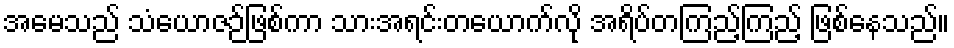
အမေသည် သံယောဇဉ်ဖြစ်ကာ သားအရင်းတယောက်လို အရိပ်တကြည့်ကြည့် ဖြစ်နေသည်။